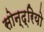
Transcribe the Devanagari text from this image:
सोन्द्रियो